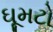
ઘૂમટો